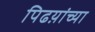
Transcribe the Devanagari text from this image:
पिढय़ांच्या